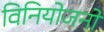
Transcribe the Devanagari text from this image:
विनियोजनों